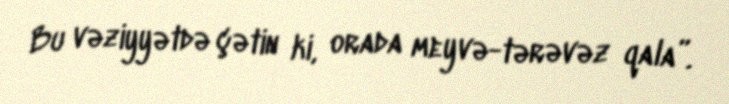
Bu vəziyyətdə çətin ki, orada meyvə-tərəvəz qala”.